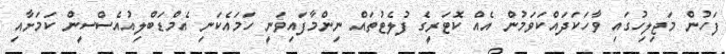
ފަހުން މަޖިލިހުގައި ވާހަކަދައްކަވަމުން އެއް ކޮޓަރީގެ ފުލެޓުތައް ނިންމާފައިވަނީ ހަމައެކަނި އެމްޑަބްލިއުއެސްސީން ކަމަށާއި